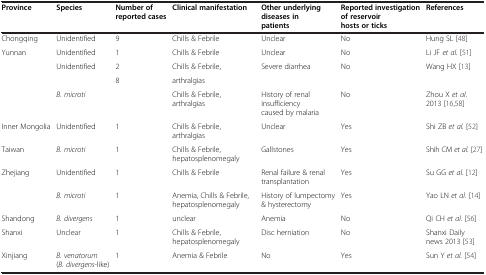
| Province | Species | Number of reported cases | Clinical manifestation | Other underlying diseases in patients | Reported investigation of reservoir hosts or ticks | References |
 | --- | --- | --- | --- | --- | --- | --- |
 | Chongqing | Unidentified | 9 | Chills & Febrile | Unclear | No | Hung SL [48] |
 | <ROWSPAN=4> Yunnan | Unidentified | 1 | Chills & Febrile | Unclear | No | Li JF et al. [51] |
 | Unidentified | 2 | Chills & Febrile, | <ROWSPAN=2> Severe diarrhea | <ROWSPAN=2> No | <ROWSPAN=2> Wang HX [13] |
 |  | <ROWSPAN=2> 8 | arthralgias |
 | B. microti | Chills & Febrile, arthralgias | History of renal insufficiency caused by malaria | No | Zhou X et al. 2013 [16,58] |
 | Inner Mongolia | Unidentified | 1 | Chills & Febrile, arthralgias | Unclear | Yes | Shi ZB et al. [52] |
 | Taiwan | B. microti | 1 | Chills & Febrile, hepatosplenomegaly | Gallstones | Yes | Shih CM et al. [27] |
 | <ROWSPAN=2> Zhejiang | Unidentified | 1 | Chills & Febrile | Renal failure & renal transplantation | Yes | Su GG et al. [12] |
 | B. microti | 1 | Anemia, Chills & Febrile, hepatosplenomegaly | History of lumpectomy & hysterectomy | Yes | Yao LN et al. [14] |
 | Shandong | B. divergens | 1 | unclear | Anemia | No | Qi CH et al. [56] |
 | Shanxi | Unclear | 1 | Chills & Febrile, hepatosplenomegaly | Disc herniation | No | Shanxi Daily news 2013 [53] |
 | Xinjiang | B. venatorum (B. divergens-like) | 1 | Anemia & Febrile | No | Yes | Sun Y et al. [54] |